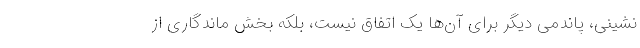
نشینی، پاندمی دیگر برای آن‌ها یک اتفاق نیست، بلکه بخش ماندگاری از